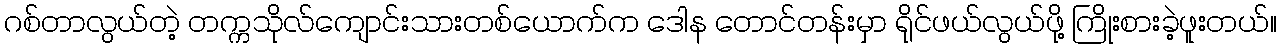
ဂစ်တာလွယ်တဲ့ တက္ကသိုလ်ကျောင်းသားတစ်ယောက်က ဒေါန တောင်တန်းမှာ ရိုင်ဖယ်လွယ်ဖို့ ကြိုးစားခဲ့ဖူးတယ်။